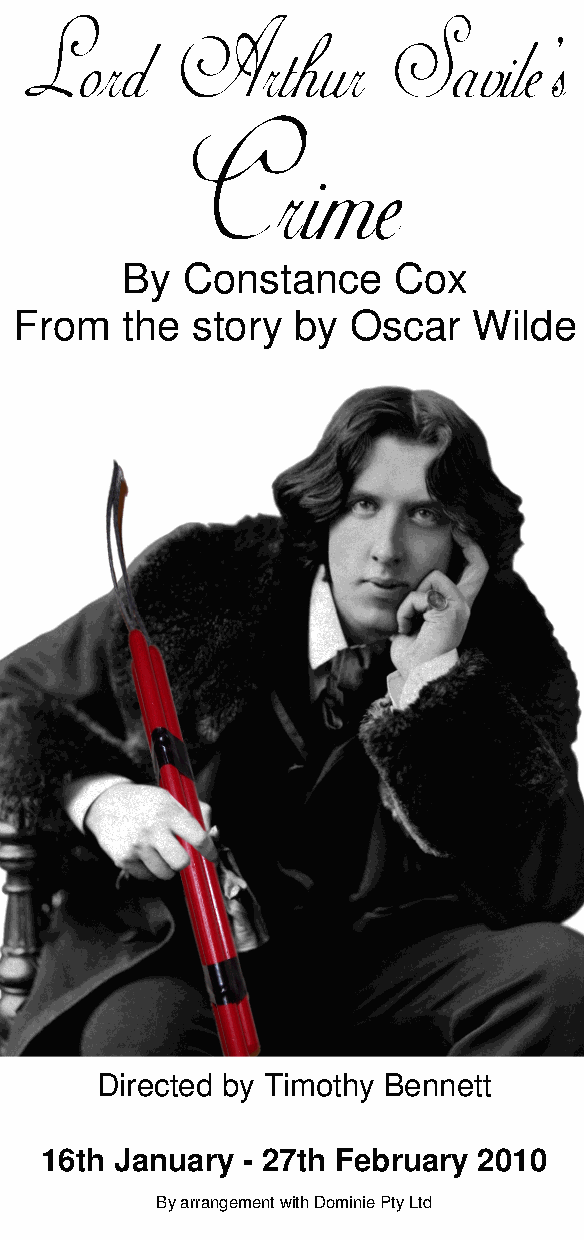
Lord       Arthur        Savile's
 Crime
 By  Constance     Cox
 From   the  story by  Oscar   Wilde
 Directed by Timothy Bennett
 16th January - 27th February 2010
 By arrangement with Dominie Pty Ltd